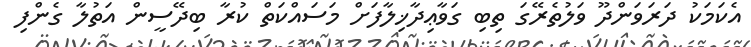
އެކަމަކު ދަރަވަންދޫ ވަލުތެރޭގަ ތިބި ގަވާޢިދާޚިލާފަށް މަސައްކަތް ކުރާ ބިދޭސީން އަތުލާ ގެންފި